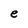
Character: e